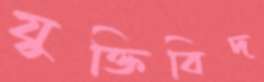
যুক্তিবিদ